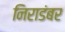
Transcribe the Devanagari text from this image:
निराडंबर